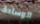
الوسادة